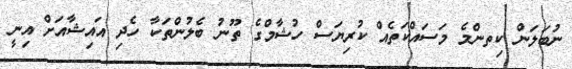
ނުބަލަން ކިތންމެ މަސައްކަތެއް ކުރިޔަސް ހުޝާމްގެ ތޫނު ބެލުންތަކާ ހެދި އައިޝާއަށް އިނީ